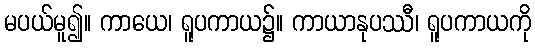
မပယ်မူ၍။ ကာယေ၊ ရူပကာယ၌။ ကာယာနုပဿီ၊ ရူပကာယကို